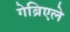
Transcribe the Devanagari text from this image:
गेब्रिएले